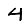
Digit: 4